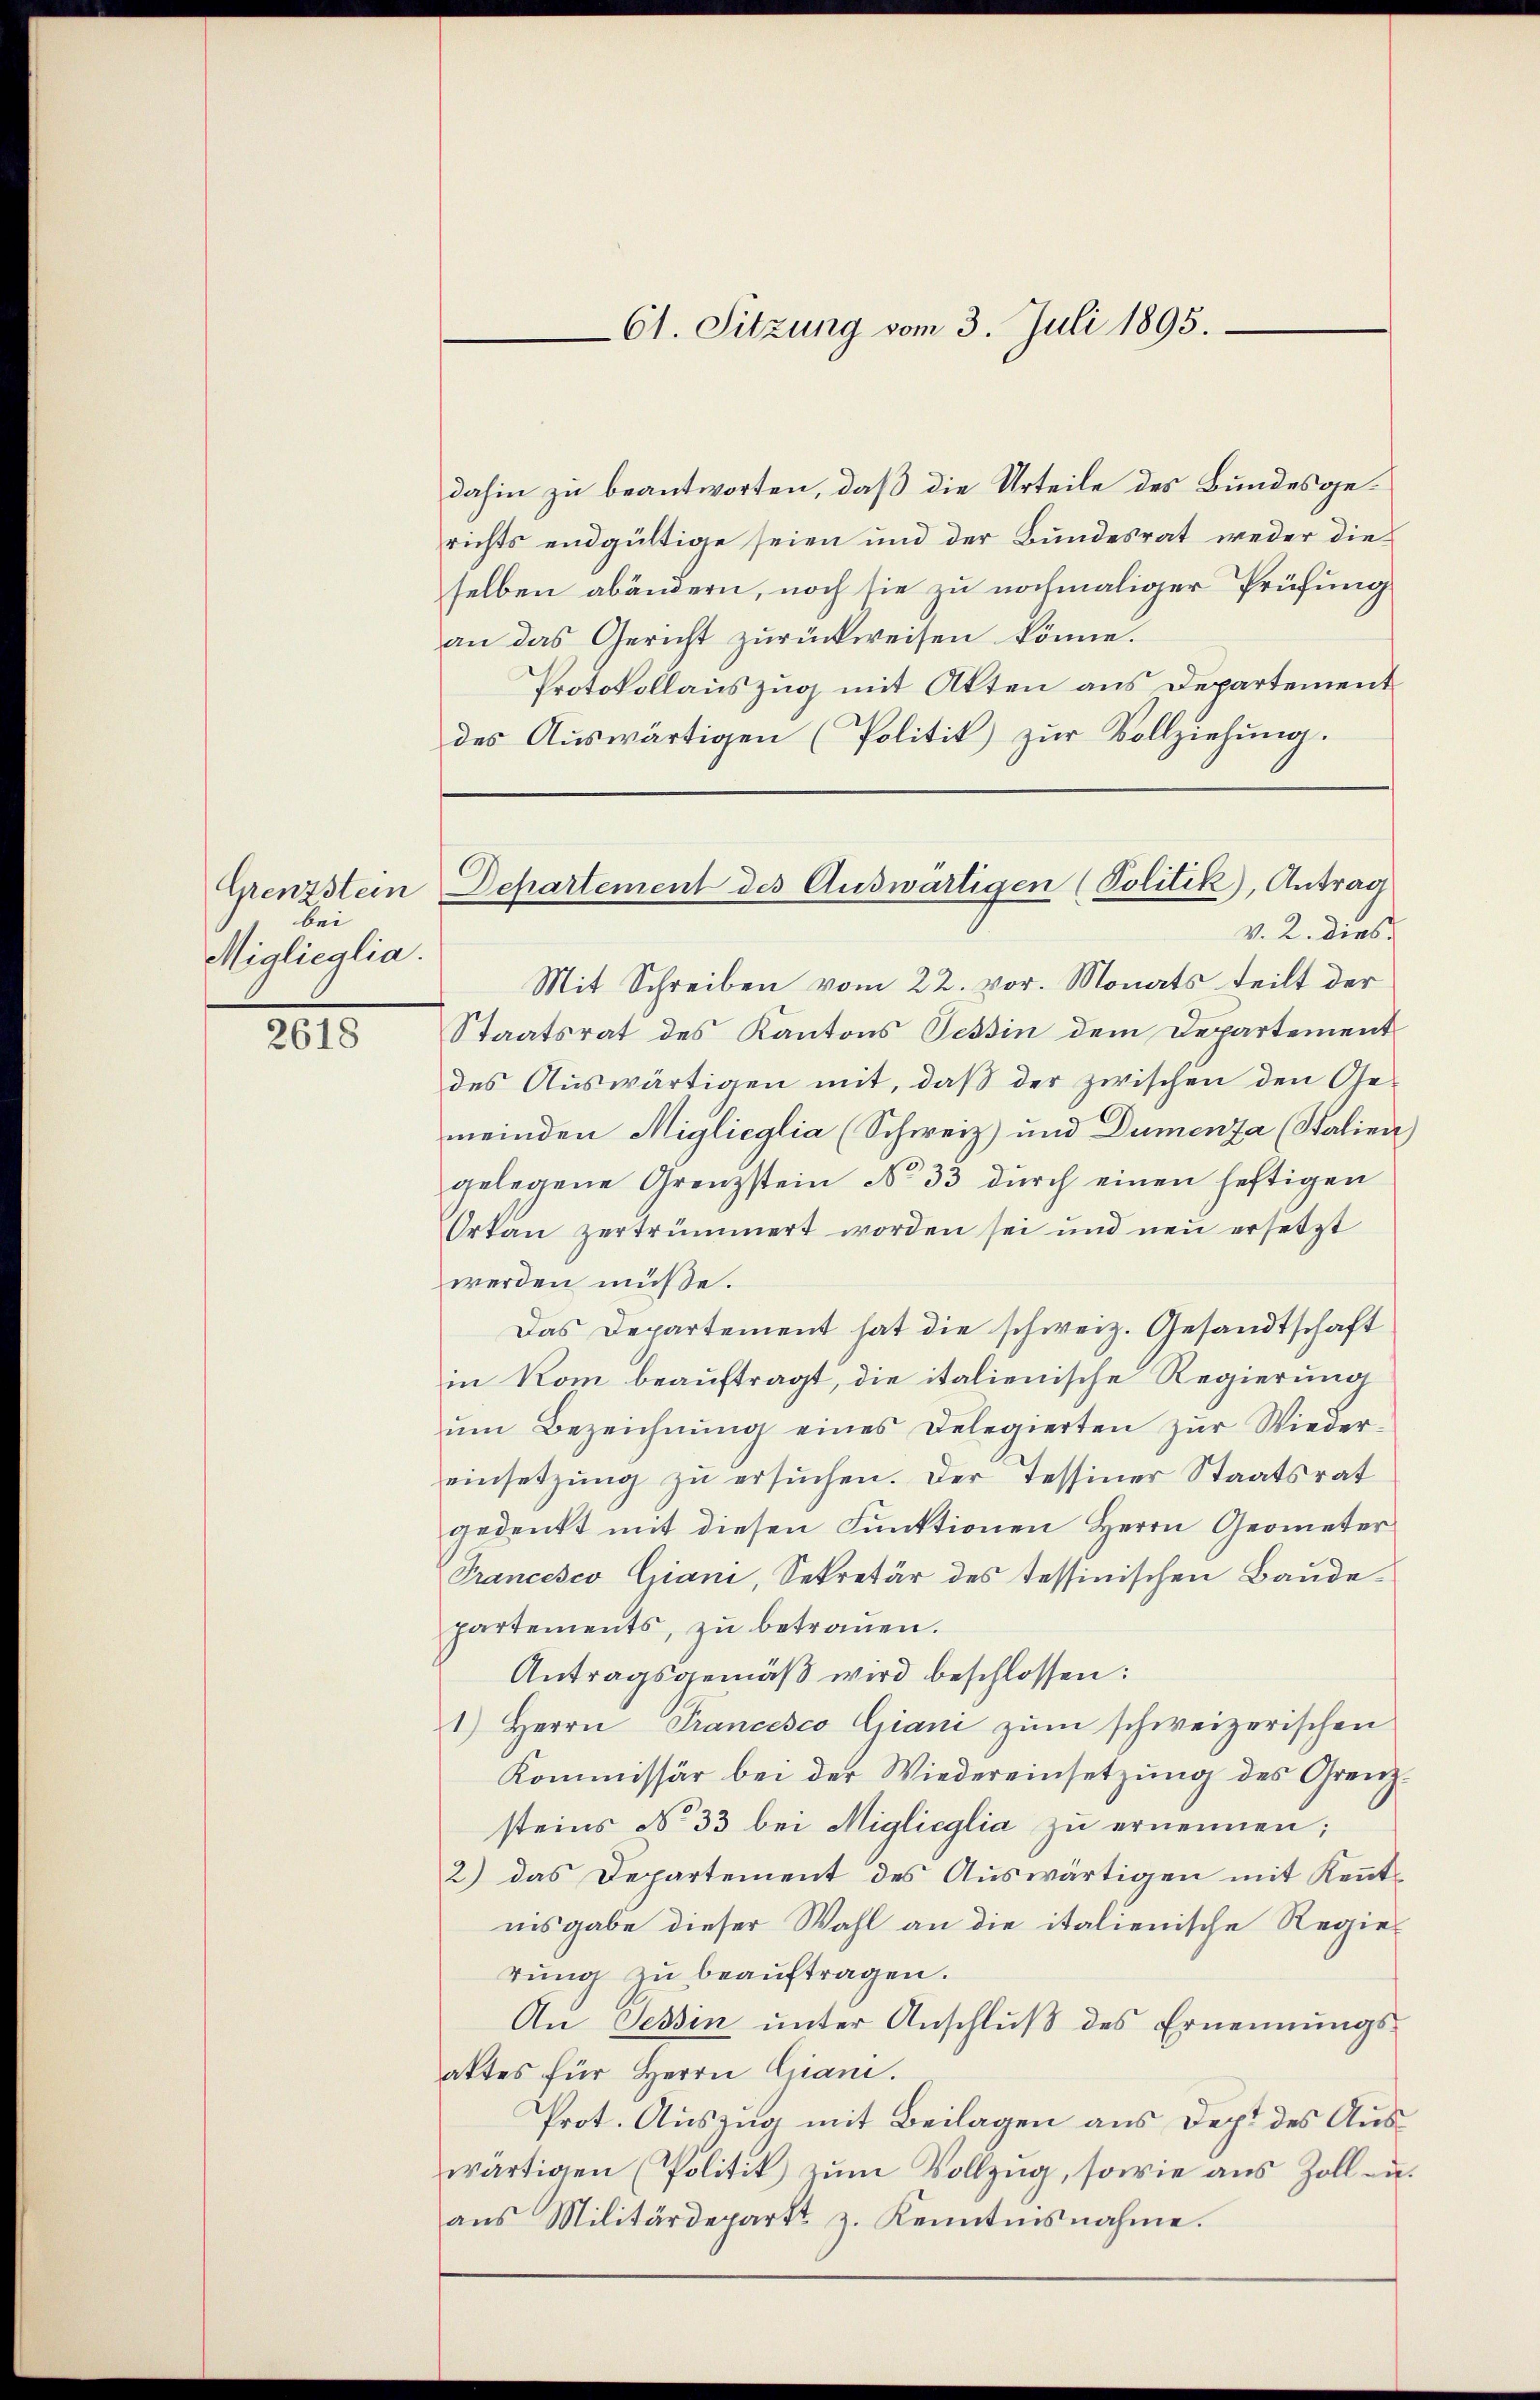
Grenzstein
bei
Miglieglia.

2618

61. Sitzung vom 3. Juli 1895.

dahin zu beantworten, daß die Urteile des Bundesgerichts endgültige seien und der Bundesrat weder die
selben abändern, noch sie zu nochmaliger Prüfung
an das Gericht zurückweisen könne.
Protokollauszug mit Akten aus Departement
des Auswärtigen (Politik) zur Vollziehung.
Mit Schreiben vom 22. vor. Monats teilt der
Staatsrat des Kantons Tessin dem Departement
des Auswärtigen mit, daß der zwischen den Ge-
meinden Miglieglia (Schweiz) und Dumenza (Stalien)
gelegene Grenzstein No 33 durch einen heftigen
Ortan zertrümmert worden sei und neu ersetzt
werden müße.
Das Departement hat die schweiz. Gesandtschaft
in Kom beauftragt, die italienische Regierung
ŭm Bezeichnŭng eines Delegierten zŭr Wieder-
einsetzung zu ersuchen. Der Tessiner Staatsrat
gedenkt mit diesen Funktionen Herrn Geometer
Francesco Giani, Sekretär des tessinischen Baude-
partements, zu betrauen.
Antragsgemäß wird beschlossen:
1.) Herrn Prancesco Giani zum schweizerischen
Kommissär bei der Wiedereinsetzung des Grenzsteins No 33 bei Miglioglia zu ernennen:
2) das Departement des Auswärtigen mit Kenntnisgabe dieser Wahl an die italienische Regie
tŭng zu beaŭftragen.
An Tessin unter Anschluß des Ernennungsattes für Herrn Grani.
Prot. Auszug mit Beilagen aus Dept des Auswärtigen (Politik zum Vollzug, sowie aus Zoll u.
aŭs Militärdepart z. Kenntnisnahme.

Departement des Auswärtigen (Politik), Antrag
v. 2. dies